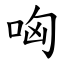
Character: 哅